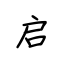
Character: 启